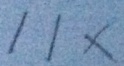
1 1 x